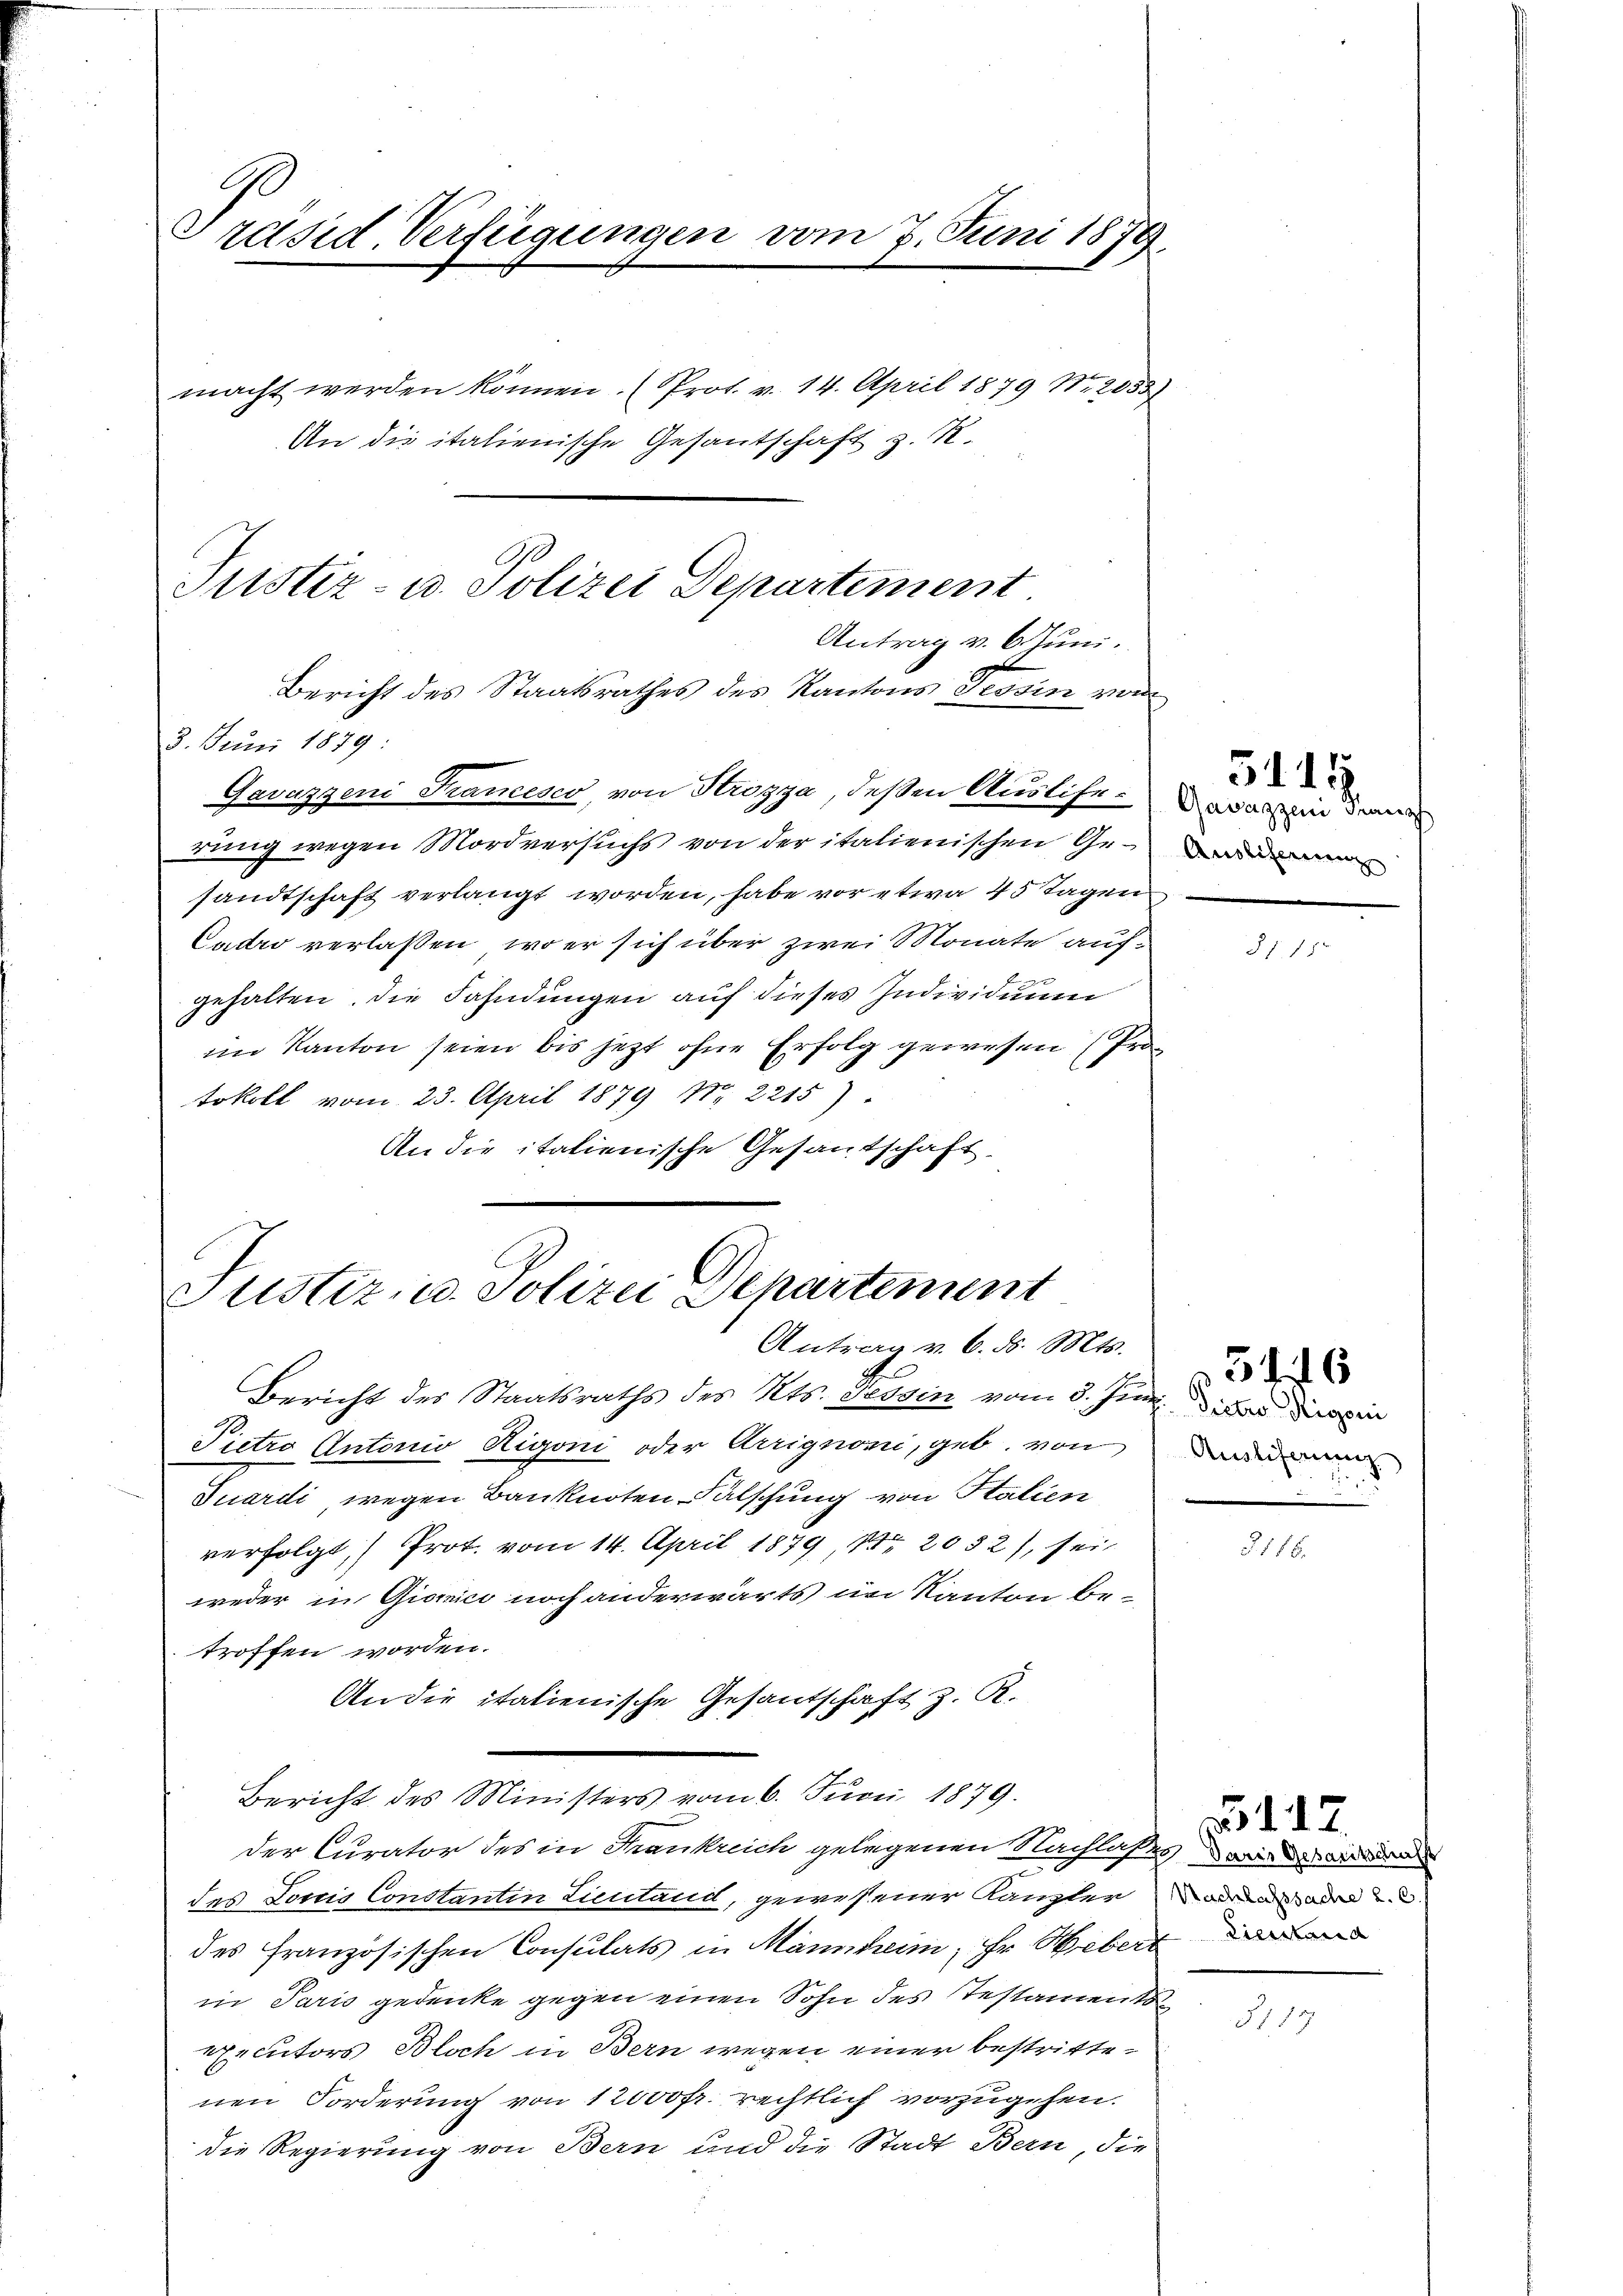
Präsid. Verfügungen vom 7. Juni 1879.
macht werden können. (Prot. v. 14. April 1879 Nr. 2053
An die italienische Gesantschaft z. R.

Gavazgen Stammener, von Strogya, deßen Ausliche darin dan
rung wegen Mordversuchs von der italienischen Gesandtschaft verlangt worden, habe vor etwa 45 Tagen
Cudro verlaßen, wo er sich über zwei Monate aufbe
gehalten, die Fahndungen auf dieses Individuum
im Kanton seien bis jetzt ohne Erfolg gewesen (Protokoll vom 23. April 1879 Nr. 2215)
An die italienische Gesantschaft

Justiz- u. Polizei Departement
Antrag v. 6. Juni.
Bericht des Staatsrathes des Kantons Tessin vom
3. Juni 1879.

Justiz- u. Polizei Departement
Antrag v. 6. d. Mts.

Bericht des Ministers vom 6. Juni 1879.

t
Bericht des Staatsraths des Kts. Tessin vom 3. Juni bei darin
Pietro Antonio Higoni oder Arrignomi, geb. von dann
Tuardi wegen Banknoten Falschung von Italien
verfolgt, Prot. vom 14. April 1879, Nr. 2052), sei
weder in Gianici noch anderwärts im Kanton be-
troffen worden.
An die italienische Gesantschaft z. R.
der Curator des in Frankreich gelegenen Nachlasses wir das
des Loris Constantin Licitand, gewesener Kanzler adre oder
des französischen Consulats in Mannheim, Hr. Webert
in Paris gedenke gegen einen Sohn des Testament
executors Bloch in Bern wegen einer bestrittenen Forderung von 12000 fr. rechtlich vorzugehen.
die Regierung von Bern und die Stadt Bern, die

51. 14.

§ 1. 150

5446

§116.

No 112.

517